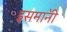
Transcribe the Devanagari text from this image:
इसमा॓नी